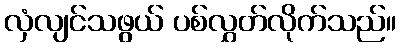
လှံလျင်သဖွယ် ပစ်လွှတ်လိုက်သည်။